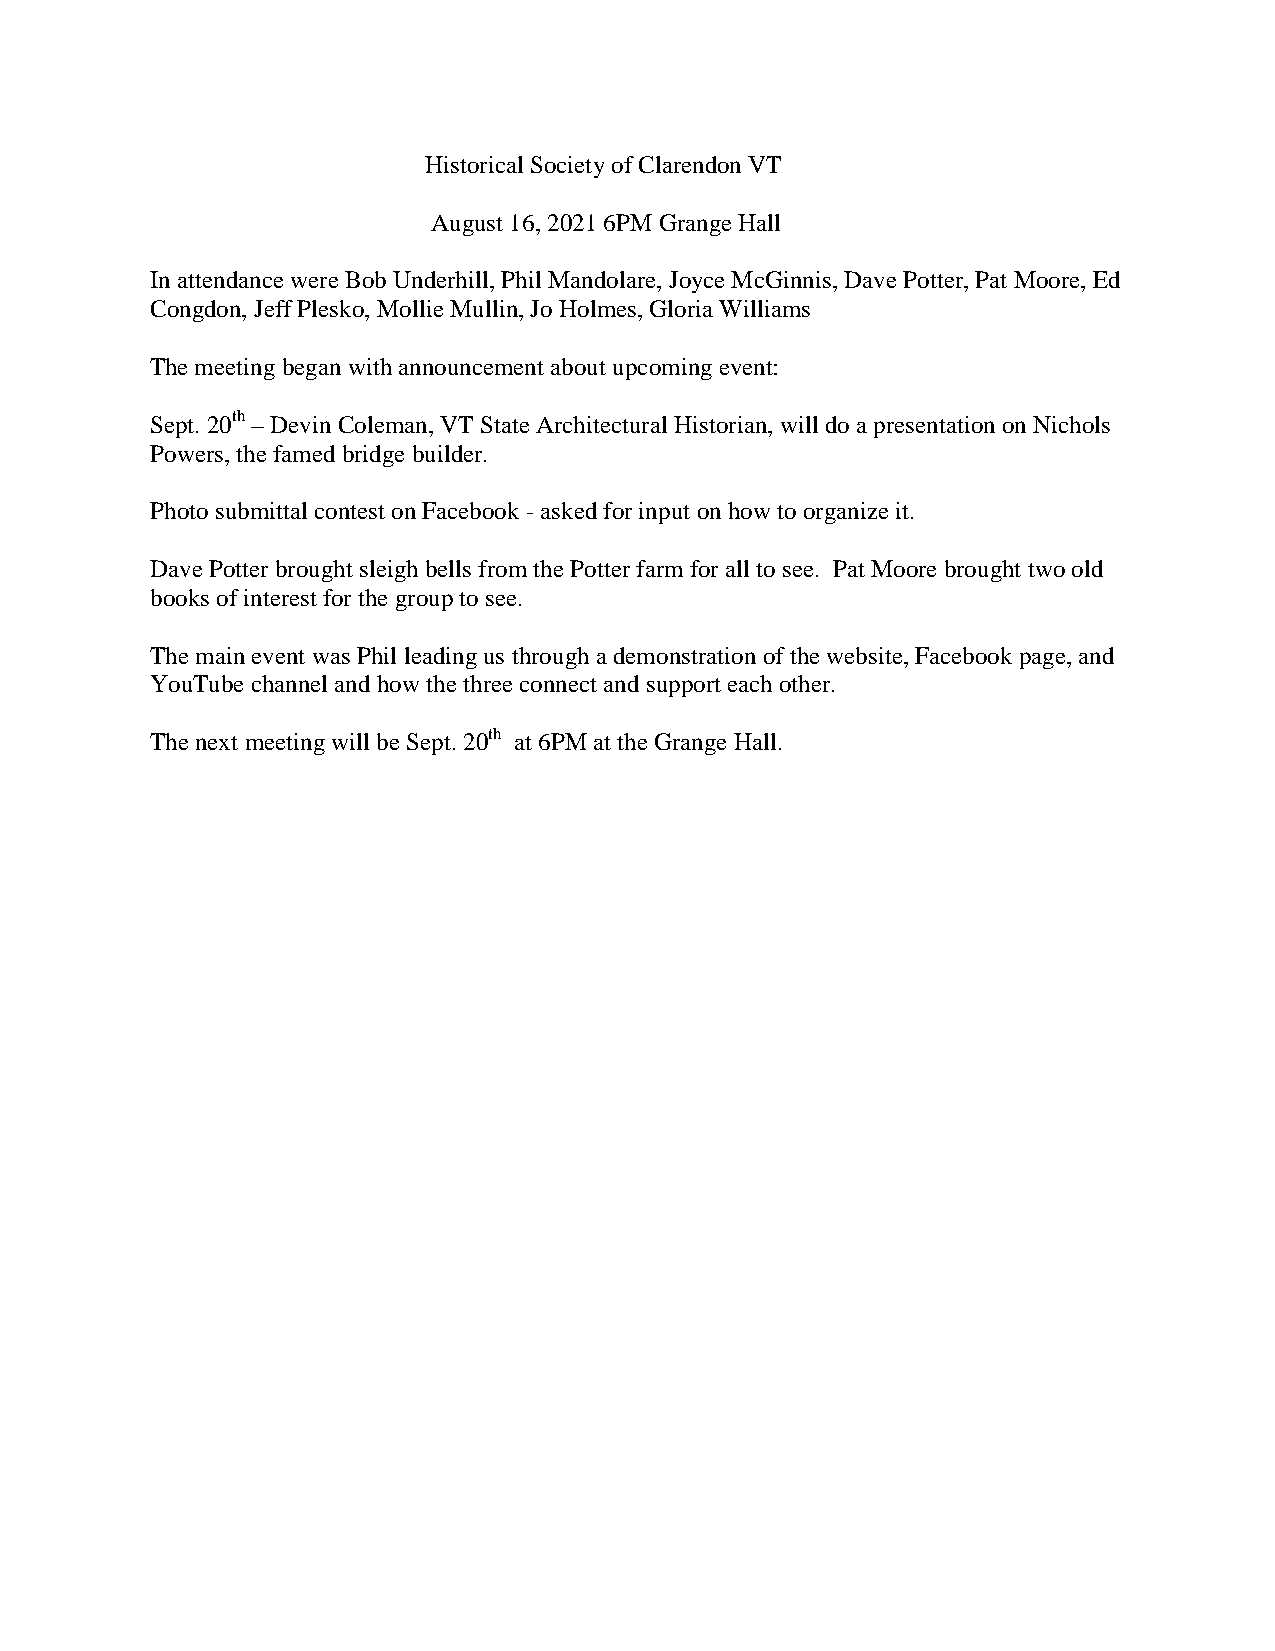
Historical Society of Clarendon VT
 August 16, 2021 6PM Grange Hall
 In attendance were Bob Underhill, Phil Mandolare, Joyce McGinnis, Dave Potter, Pat Moore, Ed
 Congdon, Jeff Plesko, Mollie Mullin, Jo Holmes, Gloria Williams
 The meeting began with announcement about upcoming event:
 Sept. 20th – Devin Coleman, VT State Architectural Historian, will do a presentation on Nichols
 Powers, the famed bridge builder.
 Photo submittal contest on Facebook - asked for input on how to organize it.
 Dave Potter brought sleigh bells from the Potter farm for all to see. Pat Moore brought two old
 books of interest for the group to see.
 The main event was Phil leading us through a demonstration of the website, Facebook page, and
 YouTube channel and how the three connect and support each other.
 The next meeting will be Sept. 20th at 6PM at the Grange Hall.